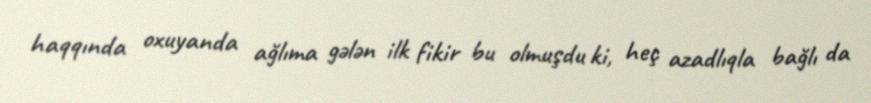
haqqında oxuyanda ağlıma gələn ilk fikir bu olmuşdu ki, heç azadlıqla bağlı da